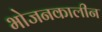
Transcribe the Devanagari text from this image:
भोजनकालीन